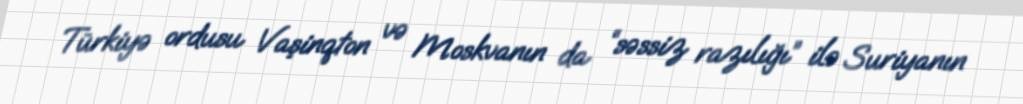
Türkiyə ordusu Vaşinqton və Moskvanın da “səssiz razılığı” ilə Suriyanın